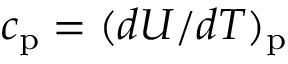
c _ { \mathrm { p } } = ( d U / d T ) _ { \mathrm { p } }